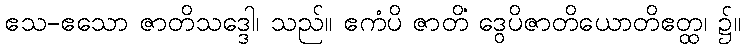
ဧသ-ဧသော ဇာတိသဒ္ဒေါ၊ သည်။ ဧကံပိ ဇာတိံ ဒွေပိဇာတိယောတိဧတ္ထ၊ ၌။